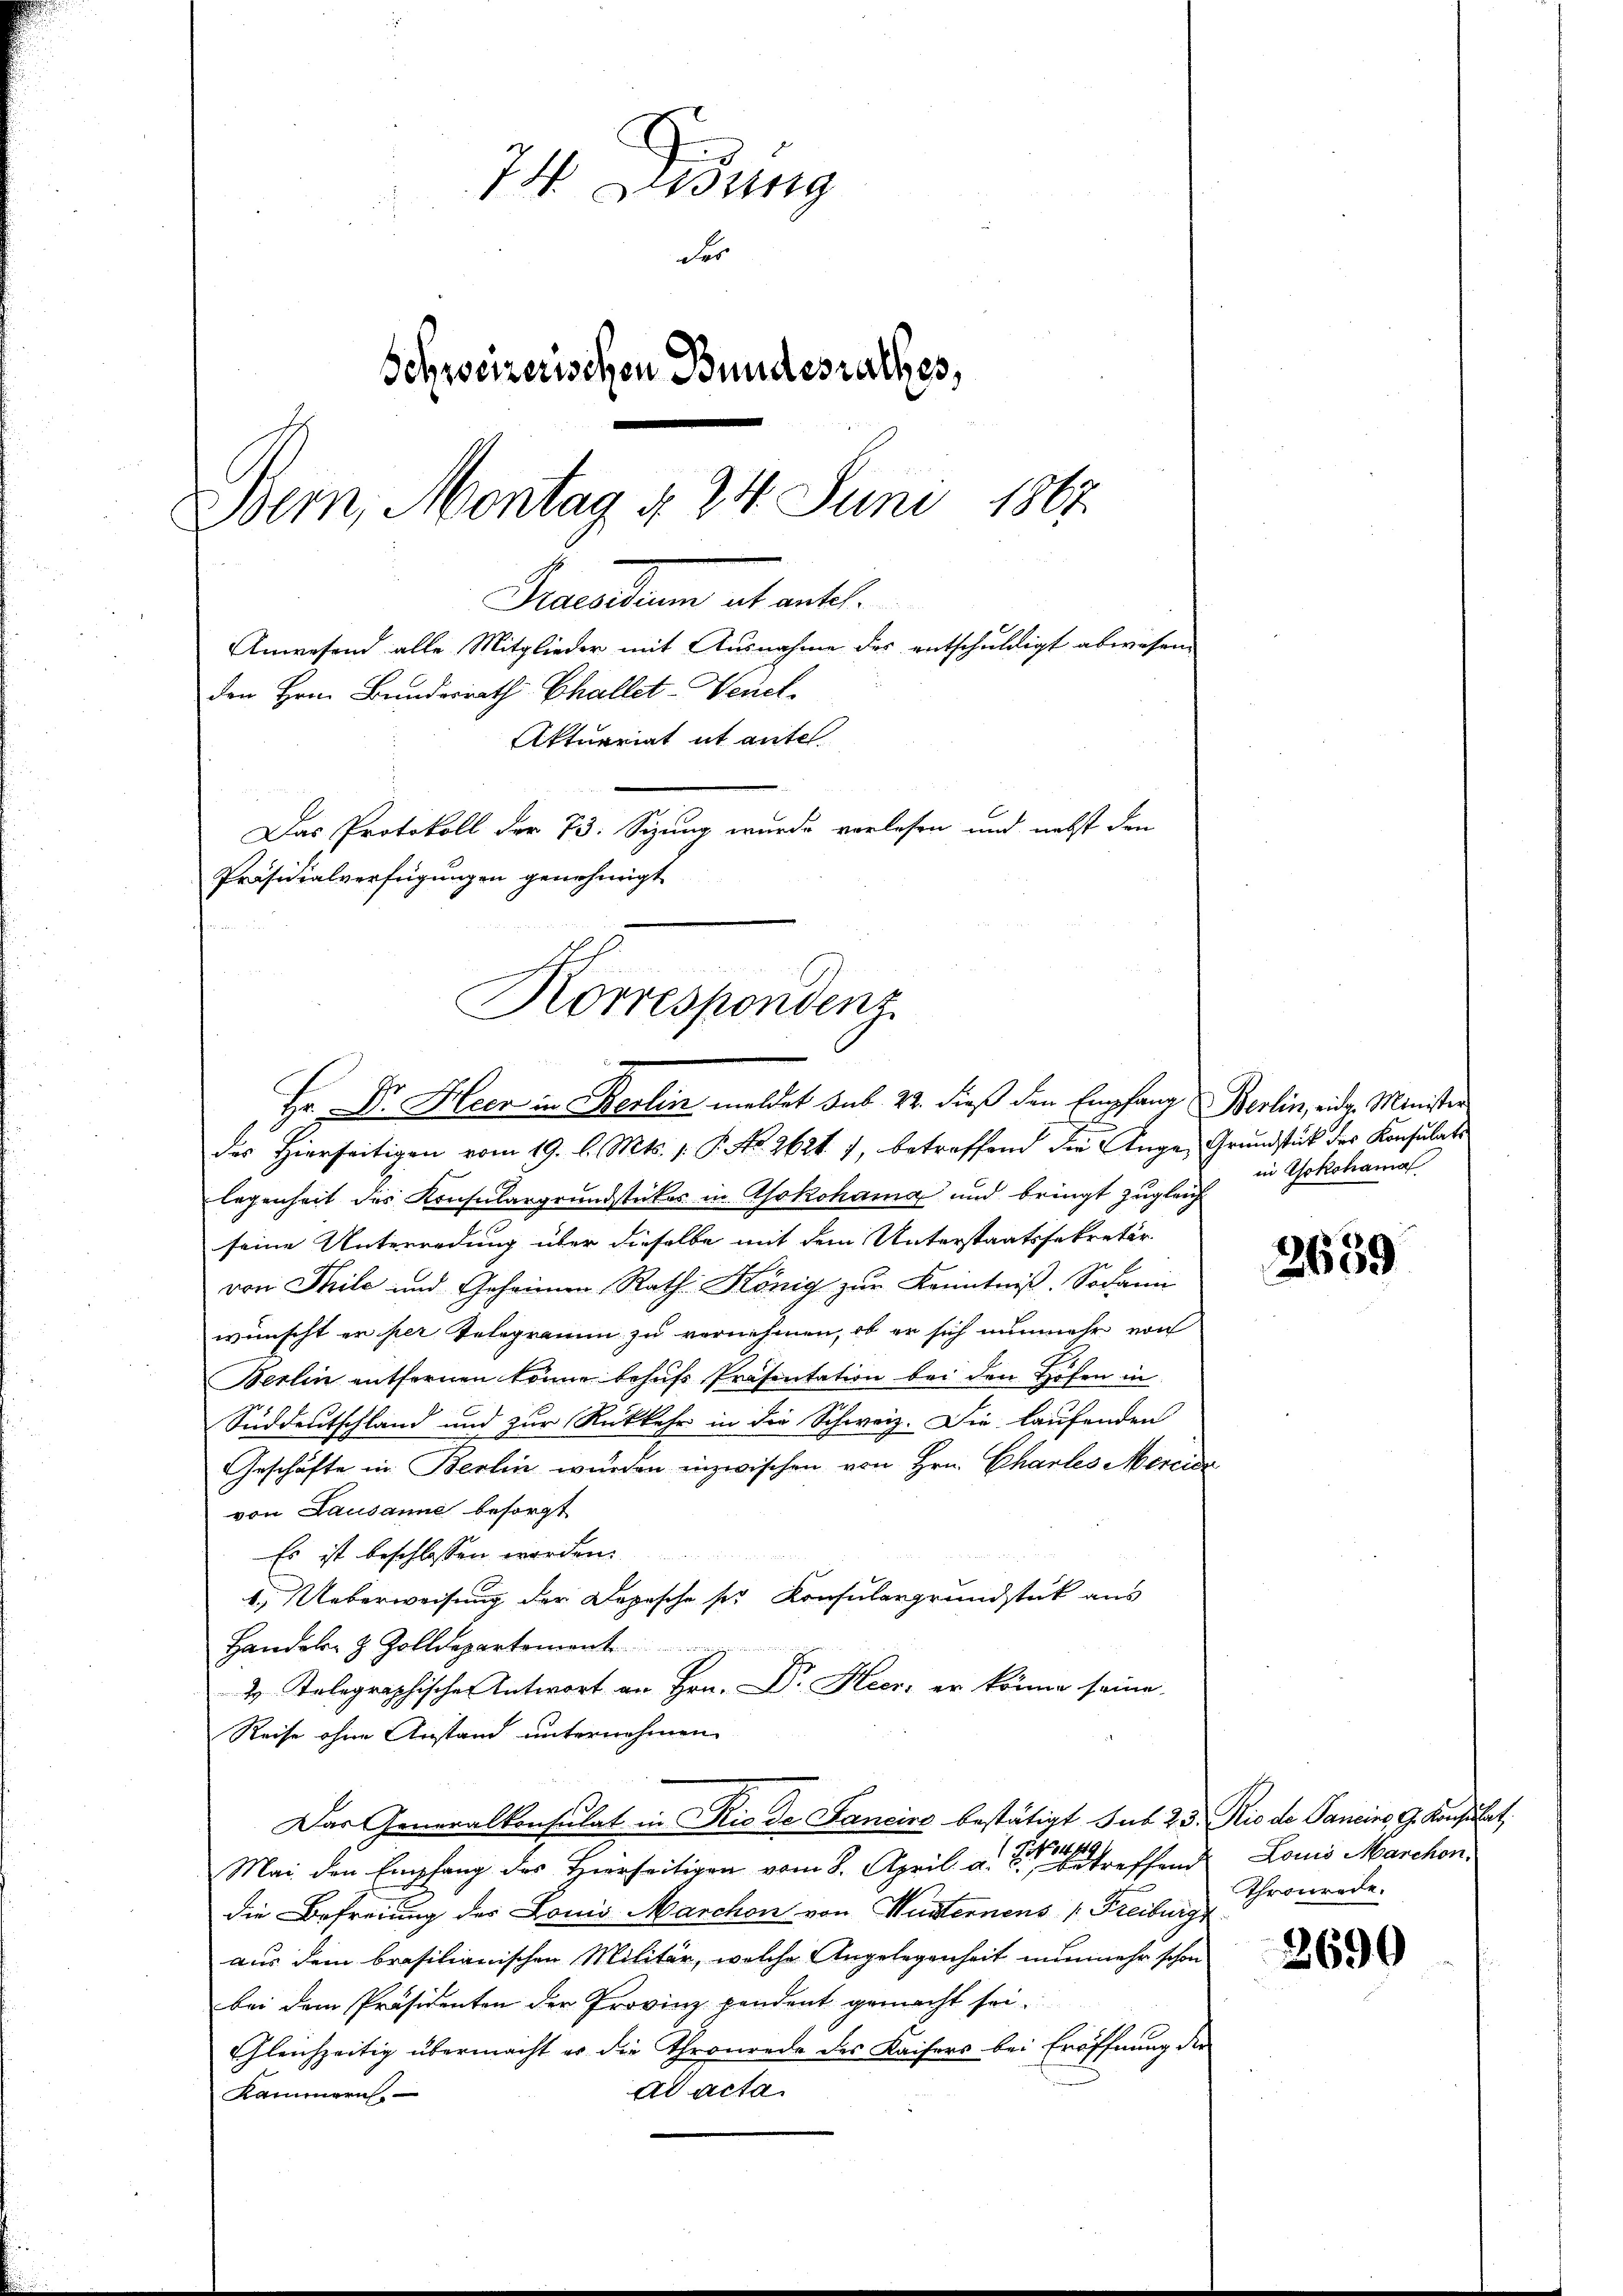
74. Disung
der
Schweizerischen Bundesrathes,
Bern, Montag d. 24. Juni 1867.
Manten et ent
Anwesend alle Mitglieder mit Ausnahme des entschuldigt abwesen.
den Hrn. Bundesrath Challet-Venet.
Aktuariat it ante
Das Protokoll der 73. Sizung wurde verlesen und nebst den

Präsidialverfügungen genehmigt
Korrespondenz
d
Hr. Dr. Heer in Berlin meldet sub. 22. dieβ den Empfang Berlin, eidg. Minister

des Hierseitigen vom 19. l. Mts. 1. P. No. 2621. 7, betreffend die Ange, Grundstück der Konsulat
legenheit des Konsulargrundstückes in Asokohama und bringt zugleich
seine Unterredung über dieselbe mit dem Unterstaatssekretär
von Stile und Geheimen Rath. König zŭr Kenntnis. Sodann
wünscht er her Telegramm zu vernehmen, ob er sich nunmehr von
Berlin entfernen könne behufs Präsentation bei den Höfen in
Suddeutschland und zur Rückkehr in die Schweiz. Die laufenden
Geschäfte in Berlin wurden inzwischen von Hrn. Chartes Mercice
von Lausanne besorgt
Es ist beschlossen worden.
1.) Ueberweisung der Depesche ser Konsulargrundstück aus
Handel- & Zolldepartement
 Telegraphischen Antwort an Hrn. Dr. Heer, er könne seine
Reise ohne Anstand unternehmen
Das Generalkonsulat in Rio de Fancirs bestätigt das 25. Rio de Pancino, G. Konsulat,
Mai den Empfang des Herrseitigen vom 8. April a. Pfand Louis Marchen.
die Befreiung des Louis Marchon von Musternens (Freiburg
aus dem brasilianischen Militär, welche Angelegenheit nunmehr schon
bei dem Präsidenten der Provinz pendent gemacht sei.
Gleichzeitig übermacht er die Thronrede des Kaisers bei Eröffnung der
ad acta
Kammern.

in Yokohamal

2659

Thronrede.

2690